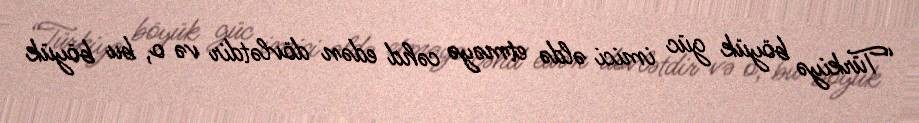
“Türkiyə böyük güc imici əldə etməyə cəhd edən dövlətdir və o, bu böyük